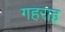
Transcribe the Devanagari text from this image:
गहराइ